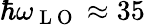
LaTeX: \hbar\omega_{\mathrm{~L~O~}}\approx 35